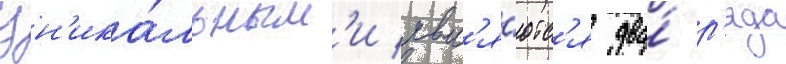
Ун'ика́льным'и явл'я́ютс'я два́ р'яда